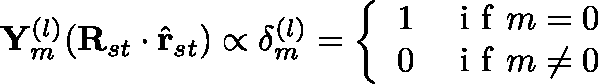
\mathbf { Y } _ { m } ^ { ( l ) } ( \mathbf { R } _ { s t } \cdot \hat { \mathbf { r } } _ { s t } ) \propto \mathbf { \delta } _ { m } ^ { ( l ) } = \left\{ \begin{array} { l l } { 1 } & { \mathrm { ~ i ~ f ~ } m = 0 } \\ { 0 } & { \mathrm { ~ i ~ f ~ } m \neq 0 } \end{array} \right.